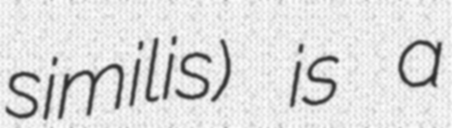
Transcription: similis) is a